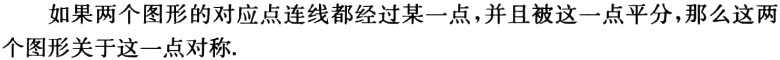
如果两个图形的对应点连线都经过某一点，并且被这一点平分，那么这两个图形关于这一点对称.